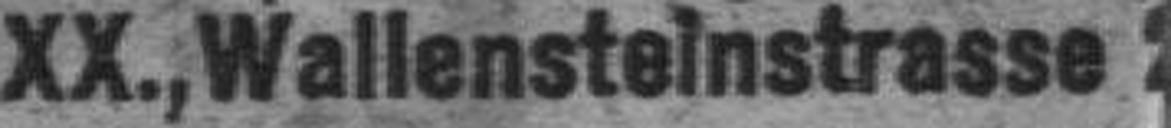
XX., Wallensteinstrasse 2###